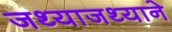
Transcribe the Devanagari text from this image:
जथ्याजथ्याने